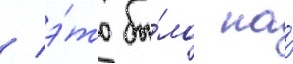
/ э́то бы́ло на́